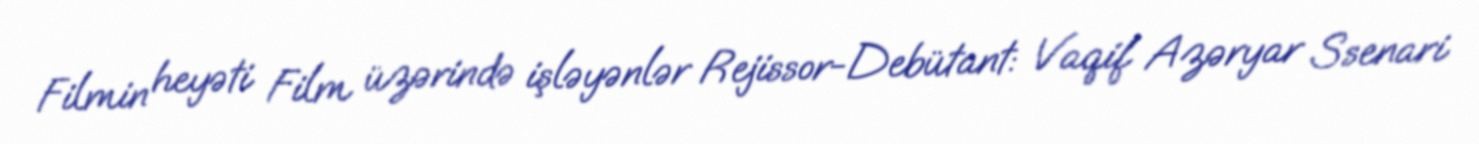
Filmin heyəti Film üzərində işləyənlər Rejissor-Debütant: Vaqif Azəryar Ssenari